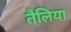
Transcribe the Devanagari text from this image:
तैलिया